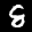
Label: 8